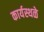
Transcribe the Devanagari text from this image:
कार्यस्थळे